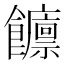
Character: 𲋡